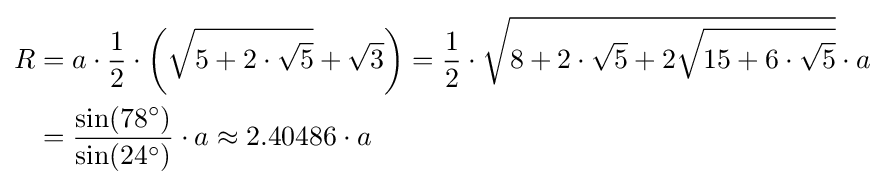
{\begin{aligned}R&=a\cdot {\frac {1}{2}}\cdot \left({\sqrt {5+2\cdot {\sqrt {5}}}}+{\sqrt {3}}\right)={\frac {1}{2}}\cdot {\sqrt {8+2\cdot {\sqrt {5}}+2{\sqrt {15+6\cdot {\sqrt {5}}}}}}\cdot a\\&={\frac {\sin(78^{\circ })}{\sin(24^{\circ })}}\cdot a\approx 2.40486\cdot a\end{aligned}}